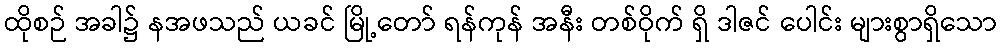
ထိုစဉ် အခါ၌ နအဖသည် ယခင် မြို့တော် ရန်ကုန် အနီး တစ်ဝိုက် ရှိ ဒါဇင် ပေါင်း များစွာရှိသော